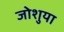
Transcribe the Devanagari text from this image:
जोशुया